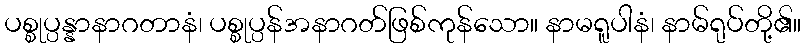
ပစ္စုပ္ပန္နာနာဂတာနံ၊ ပစ္စုပ္ပန်အနာဂတ်ဖြစ်ကုန်သော။ နာမရူပါနံ၊ နာမ်ရုပ်တို့၏။